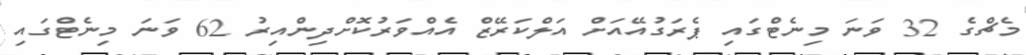
މެޗްގެ 32 ވަނަ މިނެޓްގައި ޕެރަގުއޭއަށް އަލްކަރޭޒް އެއްވަރުކޮށްދިންއިރު 62 ވަނަ މިނެޓްގައި